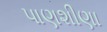
પાણશીણા